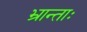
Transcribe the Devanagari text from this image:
भ्रान्ताः